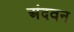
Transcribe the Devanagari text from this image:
अंदवन